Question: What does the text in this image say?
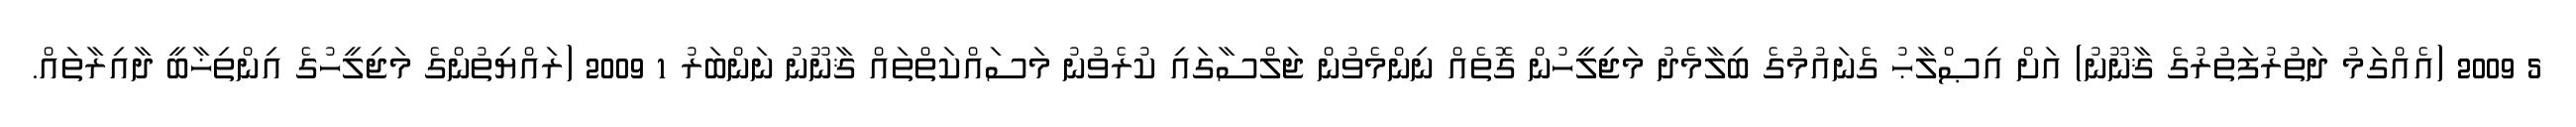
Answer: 5 2009 (އެއްގަމު ދަތުރުފަތުރުގެ ޤާނޫނު) އަށް އިޞްލާޙު ގެނައުމުގެ ބިލާމެދު މަޖިލީހުން ގޮތެއް ނިންމެވުން ޖަލްސާގައި ކުރެވުނު މަސައްކަތްތައް ޤާނޫނު ނަންބަރު 1 2009 (ރައްޔިތުންގެ މަޖިލީހުގެ އިންތިޚާބީ ދާއިރާތައް.